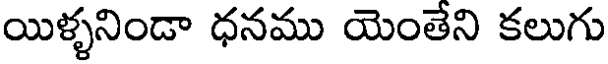
యిళ్ళనిండా ధనము యెంతేని కలుగు